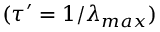
( \tau ^ { \prime } = 1 / \lambda _ { m a x } )